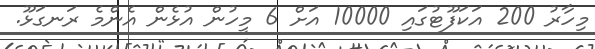
މިހާރު 200 އަކަފޫޓުގައި 10000 އަށް 6 މީހުން އުޅެން އެންމެ ރަނގަޅޫ.